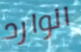
الوارد